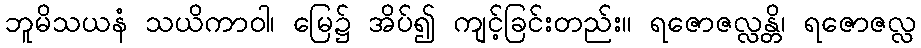
ဘူမိသယနံ သယိကာဝါ၊ မြေ၌ အိပ်၍ ကျင့်ခြင်းတည်း။ ရဇောဇလ္လန္တိ၊ ရဇောဇလ္လ